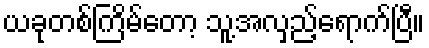
ယခုတစ်ကြိမ်တော့ သူ့အလှည့်ရောက်ပြီ။